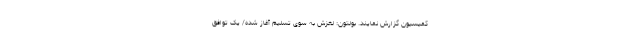
کمیسیون گزارش نمایند. بولتون: لغزش به سوی تسلیم آغاز شده/ یک توافق